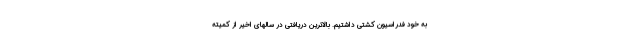
به خود فدراسیون کشتی داشتیم. بالاترین دریافتی در سالهای اخیر از کمیته